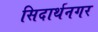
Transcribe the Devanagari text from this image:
सिदार्थनगर